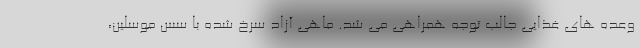
وعده های غذایی جالب توجه همراهی می شد. ماهی آزاد سرخ شده با سس موسلین،